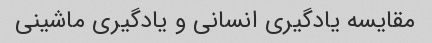
مقایسه یادگیری انسانی و یادگیری ماشینی